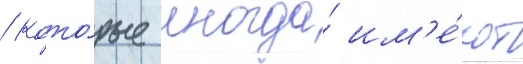
/ кото́рые иногда́ им'е́ют